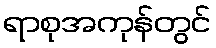
ရာစုအကုန်တွင်